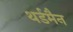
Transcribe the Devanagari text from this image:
थर्डमैन